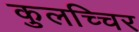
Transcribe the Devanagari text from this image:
कुलच्चिर